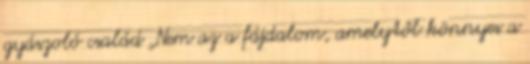
gyászoló család „Nem az a fájdalom, amelytől könnyes a